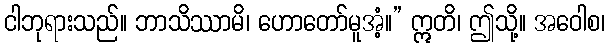
ငါဘုရားသည်။ ဘာသိဿာမိ၊ ဟောတော်မူအံ့။” ဣတိ၊ ဤသို့။ အဝေါစ၊